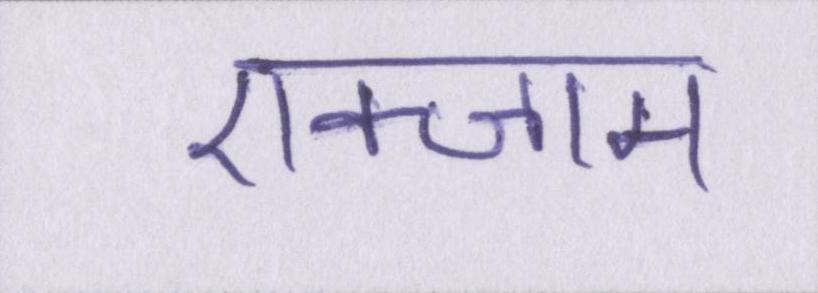
एक्जाम